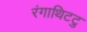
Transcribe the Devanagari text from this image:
रंगाथिटटु